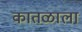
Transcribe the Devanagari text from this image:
कातळाला